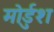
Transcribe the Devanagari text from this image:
मोर्डुश